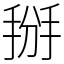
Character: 掰